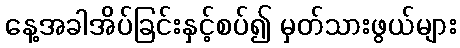
နေ့အခါအိပ်ခြင်းနှင့်စပ်၍ မှတ်သားဖွယ်များ